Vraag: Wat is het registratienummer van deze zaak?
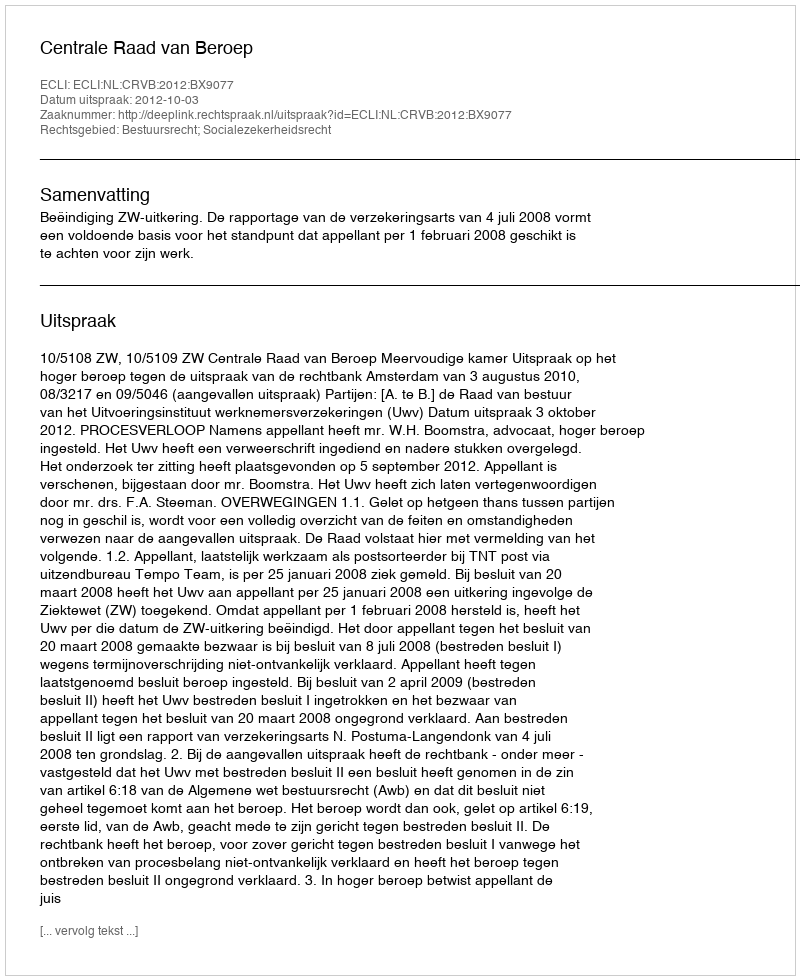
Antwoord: http://deeplink.rechtspraak.nl/uitspraak?id=ECLI:NL:CRVB:2012:BX9077